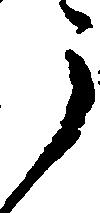
う